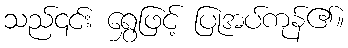
သည်၎င်း ရွှေဖြင့် ပြုအပ်ကုန်၏။